Subject: eess
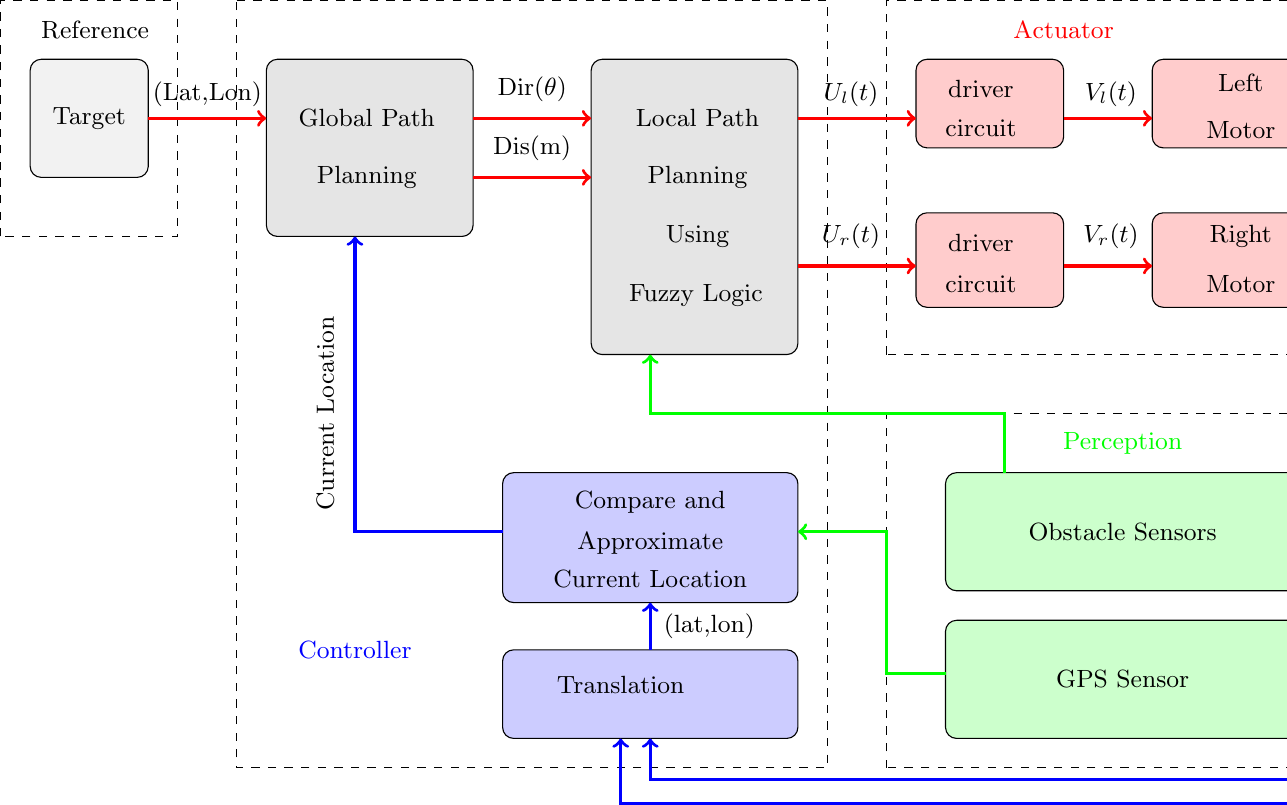
LaTeX code:
\begin{tikzpicture}[scale=1.5]
\draw [dashed](-5.5,4)--(-5.5,6)--(-4,6)--(-4,4)--(-5.5,4);
\draw [dashed](-3.5,6)--(1.5,6)--(1.5,-0.5)--(-3.5,-0.5)--(-3.5,6);
\draw [dashed](2,3.0)--(2,6)--(6,6)--(6,3.0)--(2,3.0);
\draw [dashed](2,-0.5)--(2,2.5)--(6,2.5)--(6,-0.5)--(2,-0.5);

\draw [rounded corners,fill=gray!10](-5.25,4.5)rectangle(-4.25,5.5);
\draw (-4.75,5) node {\small{Target}};

\draw [rounded corners,fill=gray!20](-3.25,4) rectangle (-1.5,5.5);
\draw (-2.4,5)node{\small{Global Path}};
\draw (-2.4,4.5)node{\small{Planning}};
\draw [rounded corners,fill=gray!20](-0.5,3) rectangle (1.25,5.5);
\draw (0.4,5)node{\small{Local Path}};
\draw (0.4,4.5)node{\small{Planning}};
\draw (0.4,4)node{\small{Using }};
\draw (0.35,3.5)node{\small{ Fuzzy Logic}};
\draw [rounded corners,fill=blue!20](-1.25,-0.25)rectangle (1.25,0.5);
\draw (-0.25,0.2)node{\small{Translation}};
\draw [rounded corners,fill=blue!20](-1.25,0.9)rectangle (1.25,2);
\draw (0,1.75)node{\small{Compare and}};
\draw (0,1.4)node{\small{Approximate}};
\draw (0,1.1)node{\small{Current Location}};

\draw [rounded corners,fill=red!20](2.25,4.75) rectangle (3.5,5.5);
\draw (2.8,5.25)node {\small{driver }};
\draw (2.8,4.92)node {\small{circuit}};
\draw [rounded corners,fill=red!20](4.25,4.75) rectangle (5.75,5.5);
\draw (5.0,5.3)node {\small{Left}};
\draw (5.0,4.9)node {\small{Motor}};
\draw [rounded corners,fill=red!20](2.25,3.4) rectangle (3.5,4.2);
\draw (2.8,3.95)node {\small{driver }};
\draw (2.8,3.6)node {\small{circuit}};
\draw [rounded corners,fill=red!20](4.25,3.4) rectangle (5.75,4.2);
\draw (5.0,4)node {\small{Right}};
\draw (5.0,3.6)node {\small{Motor}};

\draw [rounded corners,fill=green!20](2.5,1.0)rectangle (5.5,2);
\draw (4,1.5)node {\small{Obstacle Sensors}};
\draw [rounded corners,fill=green!20](2.5,-0.25)rectangle (5.5,0.75);
\draw (4,0.25)node {\small{GPS Sensor}};

\draw [->,very thick,color=red](-4.25,5)--(-3.25,5);
\draw (-3.75,5.2)node {\small{(Lat,Lon)}};
\draw [->,very thick,color=red](-1.5,5)--(-0.5,5);
\draw (-1,5.25)node {\small{Dir($\theta$)}};
\draw [->,very thick,color=red](-1.5,4.5)--(-0.5,4.5);
\draw (-1,4.75)node {\small{Dis(m)}};

\draw[->,very thick,color=red](1.25,5)--(2.25,5);
\draw (1.7,5.2)node {\small{$U_l(t)$}};
\draw[->,very thick,color=red](1.25,3.75)--(2.25,3.75);
\draw (1.7,4)node {\small{$U_r(t)$}};

\draw[->,very thick,color=red](3.5,5)--(4.25,5);
\draw (3.9,5.2)node {\small{$V_l(t)$}};
\draw[->,very thick,color=red](3.5,3.75)--(4.25,3.75);
\draw (3.9,4)node {\small{$V_r(t)$}};

\draw[->,very thick,color=red](5.75,5)--(6.5,5);
\draw (6.25,5.2)node {\small{$\omega_l(t)$}};
\draw[->,very thick,color=red](5.75,3.75)--(6.5,3.75);
\draw (6.25,4)node {\small{$\omega_r(t)$}};

\draw [->,very thick,color=blue](5.9,5)--(5.9,-0.6)--(0,-0.6)--(0,-0.25);
\draw [->,very thick,color=blue](6.2,3.75)--(6.2,-0.8)--(-0.25,-0.8)--(-0.25,-0.25);
\draw [->,very thick,color=blue](0,0.5)--(0,0.9);
\draw (0.5,0.7)node{\small{(lat,lon)}};
\draw [->,very thick,color=blue](-1.25,1.5)--(-2.5,1.5)--(-2.5,4);
\draw (-2.75,2.5)node[rotate=90]{\small{Current Location}};
\draw [->,very thick,color=green](2.5,0.3)--(2.0,0.3)--(2.0,1.5)--(1.25,1.5);
\draw [->,very thick,color=green](3,2)--(3,2.5)--(0,2.5)--(0,3);

\draw (-4.7,5.75) node {\small{Reference}};
\draw (-2.5,0.5) node [color=blue]{\small{Controller}};
\draw (3.5,5.75) node [color=red]{\small{Actuator}};
\draw (4,2.25) node [color=green]{\small{Perception}};
\end{tikzpicture}